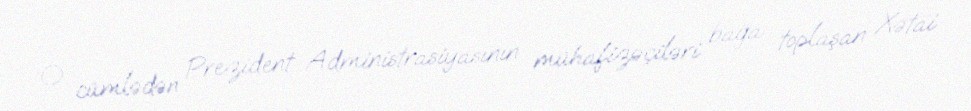
O cümlədən Prezident Administrasiyasının mühafizəçiləri bağa toplaşan Xətai